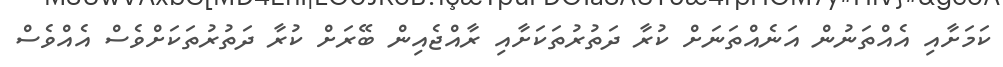
ކަމަށާއި އެއްތަނުން އަނެއްތަނަށް ކުރާ ދަތުރުތަކަށާއި ރާއްޖެއިން ބޭރަށް ކުރާ ދަތުރުތަކަށްވެސް އެއްވެސް